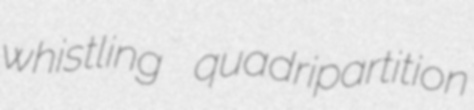
whistling quadripartition